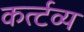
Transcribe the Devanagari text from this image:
कर्त्टव्य